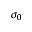
\sigma _ { 0 }